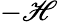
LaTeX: -\mathscr{H}